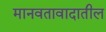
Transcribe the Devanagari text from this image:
मानवतावादातील